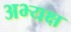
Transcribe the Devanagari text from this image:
अभ्यक्ष